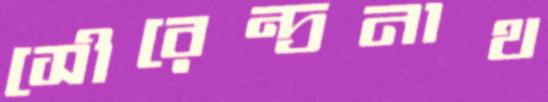
সৌরেন্দ্রনাথ